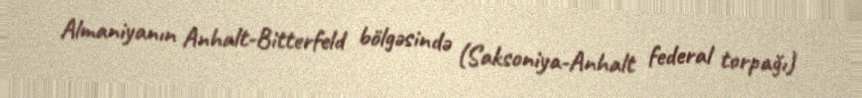
Almaniyanın Anhalt-Bitterfeld bölgəsində (Saksoniya-Anhalt federal torpağı)